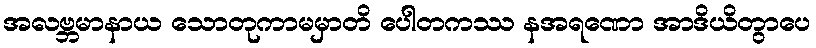
အလဗ္ဘမာနာယ သောတုကာမမှာတိ ပေါတကဿ နအရဏော အာဒိယိတွာပေ